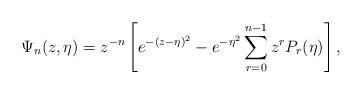
LaTeX: \begin{align*} \Psi_n(z,\eta) = z^{-n} \left[ e^{-(z-\eta)^2} - e^{-\eta^2} \sum\limits_{r=0}^{n-1}z^{r} P_{r}(\eta) \right], \end{align*}